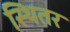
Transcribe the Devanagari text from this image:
स्थितर